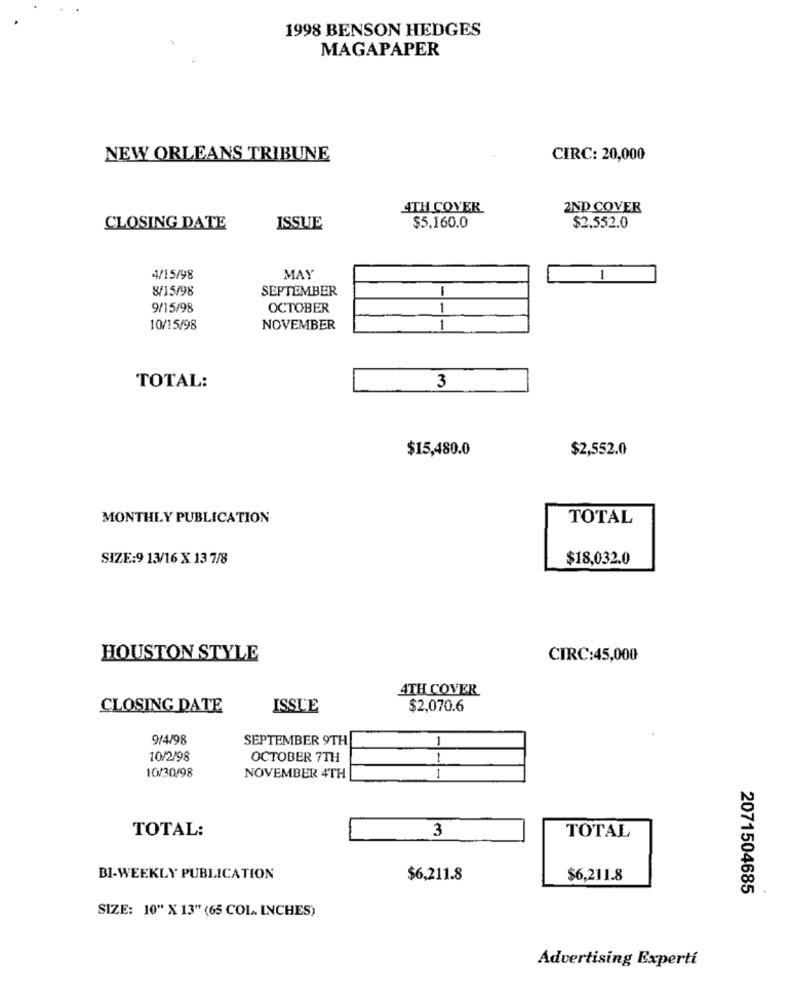
1998 BENSON HEDGES
MAGAPAPER
NEW ORLEANS TRIBUNE
CIRC: 20,000
4TH COVER
2ND COVER
CLOSING DATE
ISSUE
$5,160.0
$2.552.0
4/15/98
MAY
1
8/15/98
SEPTEMBER
9/15/98
OCTOBER
1
10/15/98
NOVEMBER
TOTAL:
3
$15,480.0
$2,552.0
MONTHLY PUBLICATION
TOTAL
SIZE:9 13/16 X 13 7/8
$18,032.0
HOUSTON STYLE
CIRC:45,000
4TH COVER
CLOSING DATE
ISSLE
$2,070.6
9/4/98
SEPTEMBER 9TH
1
10/2/98
OCTOBER 7TH
1
10/30/98
NOVEMBER 4TH
TOTAL:
3
TOTAL
BI-WEEKLY PUBLICATION
$6,211.8
$6,211.8
2071504685
SIZE: 10" X 13" (65 COL INCHES)
Advertising Experti